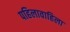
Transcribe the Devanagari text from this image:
पहिलावाहिला